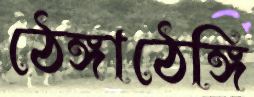
ঠেঙ্গাঠেঙ্গি